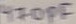
Text: 470PF